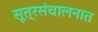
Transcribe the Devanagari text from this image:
सूत्रसंचालनात